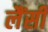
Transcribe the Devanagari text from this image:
लैंसी